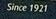
since